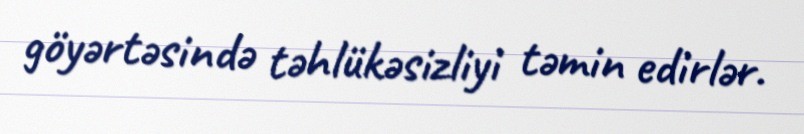
göyərtəsində təhlükəsizliyi təmin edirlər.